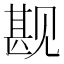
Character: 𬢏